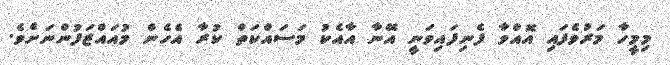
މިމީހާ މަރުވެފައި އޮއްވާ ފެނިފައިވަނީ އޭނާ އާއެކު މަސައްކަތް ކުރާ އެހެން މުއައްޒަފުންނަށެވެ.